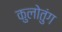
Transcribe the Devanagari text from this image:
कुलोतुंग